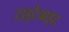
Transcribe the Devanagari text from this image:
टाइटेनाइट